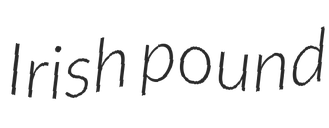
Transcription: Irish pound